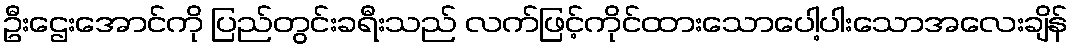
ဦးဌေးအောင်ကို ပြည်တွင်းခရီးသည် လက်ဖြင့်ကိုင်ထားသောပေါ့ပါးသောအလေးချိန်